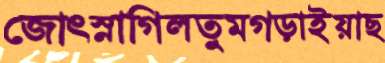
জোৎস্নাগিলতুমগড়াইয়াছ